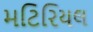
મટિરિયલ